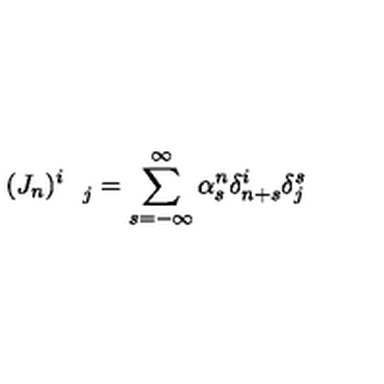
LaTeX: ( J _ { n } ) _ { \quad j } ^ { i } = \sum _ { s = - \infty } ^ { \infty } \alpha _ { s } ^ { n } \delta _ { n + s } ^ { i } \delta _ { j } ^ { s }